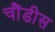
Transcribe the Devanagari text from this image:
चौंडीस